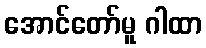
အောင်တော်မူ ဂါထာ